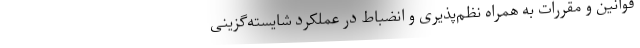
قوانین و مقررات به همراه نظم‌پذیری و انضباط در عملکرد شایسته‌گزینی